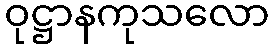
ဝုဋ္ဌာနကုသလော